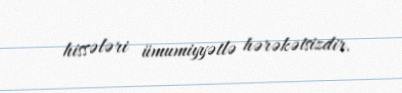
hissələri ümumiyyətlə hərəkətsizdir.